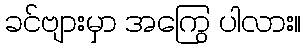
ခင်ဗျားမှာ အကြွေ ပါလား။